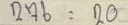
276 = 20